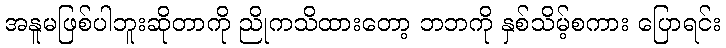
အနူမဖြစ်ပါဘူးဆိုတာကို ညိုကသိထားတော့ ဘဘကို နှစ်သိမ့်စကား ပြောရင်း